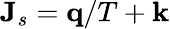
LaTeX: \mathbf J_{s}=\mathbf q/T+\mathbf k